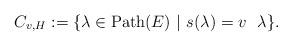
LaTeX: \begin{align*}C_{v, H}:= \{\lambda \in {\rm Path}(E) \ \vert \ s(\lambda) = v \ \ \lambda \}.\end{align*}